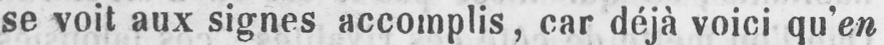
se voit aux signes accomplis, car déjà voici que’en